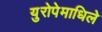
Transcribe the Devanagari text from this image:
युरोपेमाधिले